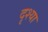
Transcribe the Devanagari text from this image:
दृश्या